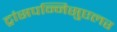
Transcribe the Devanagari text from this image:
ट्रांसपन्निसुएलर